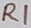
Text: R1